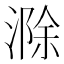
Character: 滁